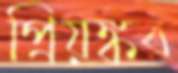
প্রিয়ঙ্কর